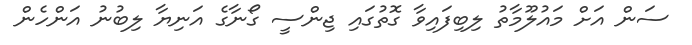
ސަން އަށް މައުލޫމާތު ލިބިފައިވާ ގޮތުގައި ޖިންސީ ގޯނާގެ އަނިޔާ ލިބުނު އަންހެން